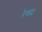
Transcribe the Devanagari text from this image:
रेवंद